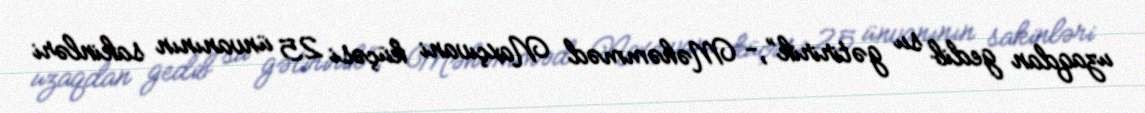
uzaqdan gedib su gətiririk”,- Məhəmməd Naxçıvani küçəsi 25 ünvanının sakinləri